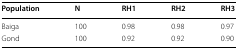
| Population | N | RH1 | RH2 | RH3 |
 | --- | --- | --- | --- | --- |
 | Baiga | 100 | 0.98 | 0.98 | 0.97 |
 | Gond | 100 | 0.92 | 0.92 | 0.90 |